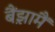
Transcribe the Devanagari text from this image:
बैंझ़ामैं